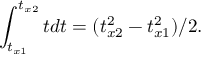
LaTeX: \int _ { t _ { x 1 } } ^ { t _ { x 2 } } t d t = ( t _ { x 2 } ^ { 2 } - t _ { x 1 } ^ { 2 } ) / 2 .